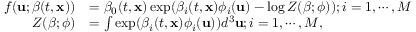
\begin{array} { r l } { f ( \mathbf { u } ; \boldsymbol { \beta } ( t , \mathbf { x } ) ) } & { = \beta _ { 0 } ( t , \mathbf { x } ) \exp ( \beta _ { i } ( t , \mathbf { x } ) \phi _ { i } ( \mathbf { u } ) - \log Z ( \boldsymbol { \beta } ; \boldsymbol { \phi } ) ) ; i = 1 , \cdots , M } \\ { Z ( \boldsymbol { \beta } ; \boldsymbol { \phi } ) } & { = \int \exp ( \beta _ { i } ( t , \mathbf { x } ) \phi _ { i } ( \mathbf { u } ) ) d ^ { 3 } \mathbf { u } ; i = 1 , \cdots , M , } \end{array}